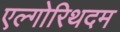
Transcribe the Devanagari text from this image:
एल्गोरिथदम